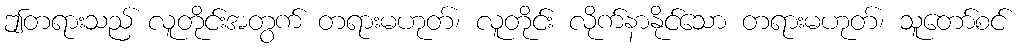
ဤတရားသည် လူတိုင်းအတွက် တရားမဟုတ်၊ လူတိုင်း လိုက်နာနိုင်သော တရားမဟုတ်၊ သူတော်စင်